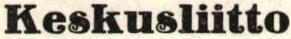
Keskusliitto